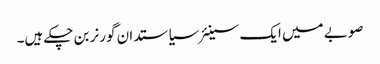
صوبے میں ایک سینئر سیاستدان گورنر بن چکے ہیں۔